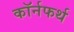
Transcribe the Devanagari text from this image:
कॉर्नफर्थ